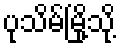
ပုသိမ်မြို့သို့